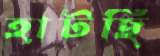
হাটছি